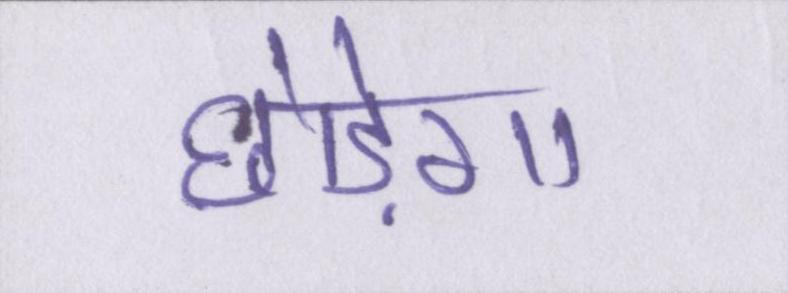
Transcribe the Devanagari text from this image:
छोड़ेगा